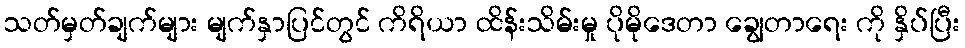
သတ်မှတ်ချက်များ မျက်နှာပြင်တွင် ကိရိယာ ထိန်းသိမ်းမှု ပိုမိုဒေတာ ချွေတာရေး ကို နှိပ်ပြီး